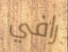
رافي